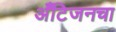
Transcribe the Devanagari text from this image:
अँटिजनचा